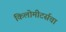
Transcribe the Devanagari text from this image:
किलोमीटर्सचा